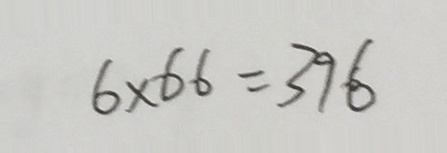
6 \times 6 6 = 3 9 6